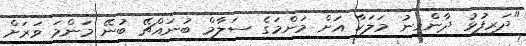
"ދަރިފުޅު ދާންވީނު މަލަކާ އަށް މަންމަގެ ސަލާމް ބުނައްޗޭ ބުނޭ މަންމަ ވަރަށް